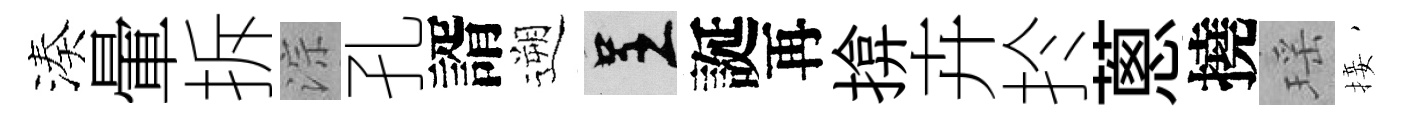
湊暈拆淙孔諝遡呈誕再揜卉扵蔥撓瑶接